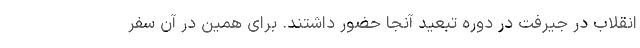
انقلاب در جیرفت در دوره تبعید آنجا حضور داشتند. برای همین در آن سفر